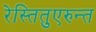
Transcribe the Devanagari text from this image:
रेस्तितुएरुन्त